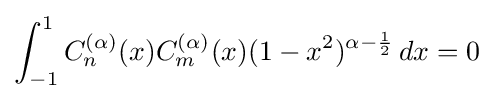
\int _{-1}^{1}C_{n}^{(\alpha )}(x)C_{m}^{(\alpha )}(x)(1-x^{2})^{\alpha -{\frac {1}{2}}}\,dx=0